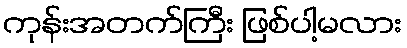
ကုန်းအတက်ကြီး ဖြစ်ပါ့မလား